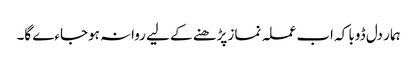
ہمار دل ڈوبا کہ اب عملہ نماز پڑھنے کے لیے روانہ ہوجاءے گا۔